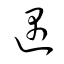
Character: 遇